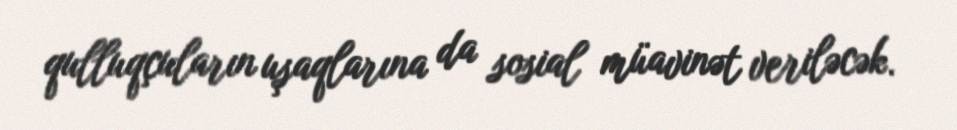
qulluqçuların uşaqlarına da sosial müavinət veriləcək.